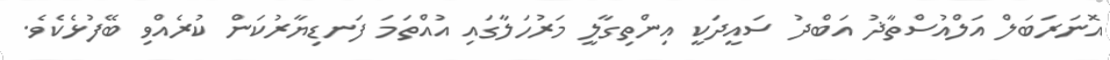
އޮނަރަބަލް އަލްއުސްތާޛު އަބްދު ސައީދަކީ އިންތިގާލީ މަރުހަލާގައި އުއްތަމަ ފަނޑިޔާރުކަން ކުރެއްވި ބޭފުޅެކެވެ.